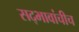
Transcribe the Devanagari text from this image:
सद्‍भावांचीच